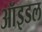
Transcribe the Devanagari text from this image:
ऑइडल